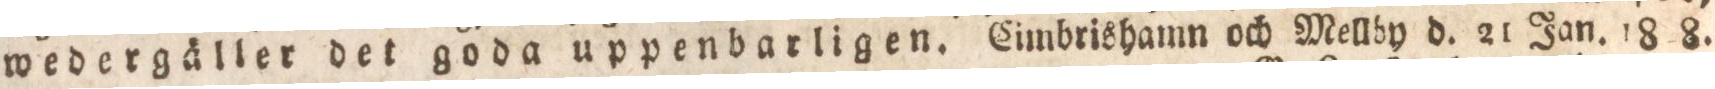
wedergäller det goda uppenbarligen. Eimbrishamn och Mellby d. 21 Jan. 18 8.